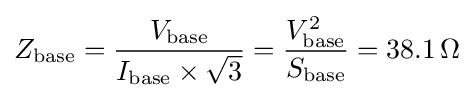
Z_{\text{base}}={\frac {V_{\text{base}}}{I_{\text{base}}\times {\sqrt {3}}}}={\frac {V_{\text{base}}^{2}}{S_{\text{base}}}}=38.1\,\Omega